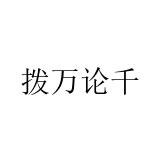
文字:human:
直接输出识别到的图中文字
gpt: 拨万论千